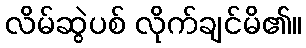
လိမ်ဆွဲပစ် လိုက်ချင်မိ၏။